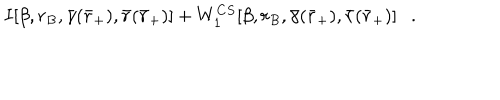
\hspace { 2 c m } I [ \beta , r _ { B } , \bar { \gamma } ( \bar { r } _ { + } ) , \bar { r } ( \bar { r } _ { + } ) ] + W _ { 1 } ^ { C S } [ \beta , r _ { B } , \bar { \gamma } ( \bar { r } _ { + } ) , \bar { r } ( \bar { r } _ { + } ) ] .